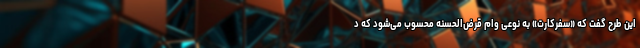
این طرح گفت که «سفرکارت» به نوعی وام قرض‌الحسنه محسوب می‌شود که د